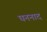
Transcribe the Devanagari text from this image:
घननाद